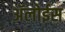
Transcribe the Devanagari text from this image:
ॲलोईस